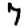
Digit: 7